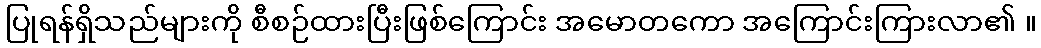
ပြုရန်ရှိသည်များကို စီစဉ်ထားပြီးဖြစ်ကြောင်း အမောတကော အကြောင်းကြားလာ၏ ။